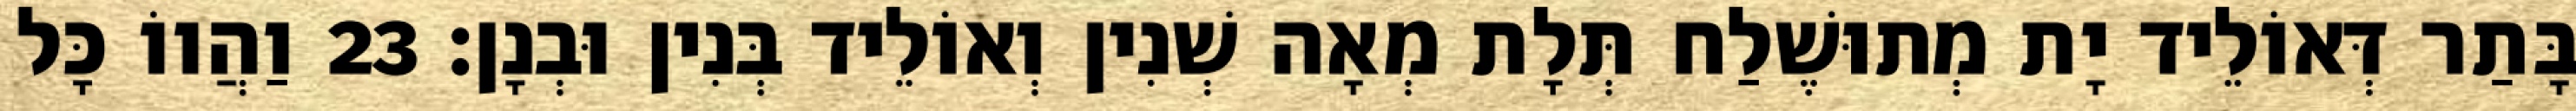
בָּתַר דְּאוֹלֵיד יָת מְתוּשֶׁלַח תְּלָת מְאָה שְׁנִין וְאוֹלֵיד בְּנִין וּבְנָן׃ 23 וַהֲווֹ כָּל